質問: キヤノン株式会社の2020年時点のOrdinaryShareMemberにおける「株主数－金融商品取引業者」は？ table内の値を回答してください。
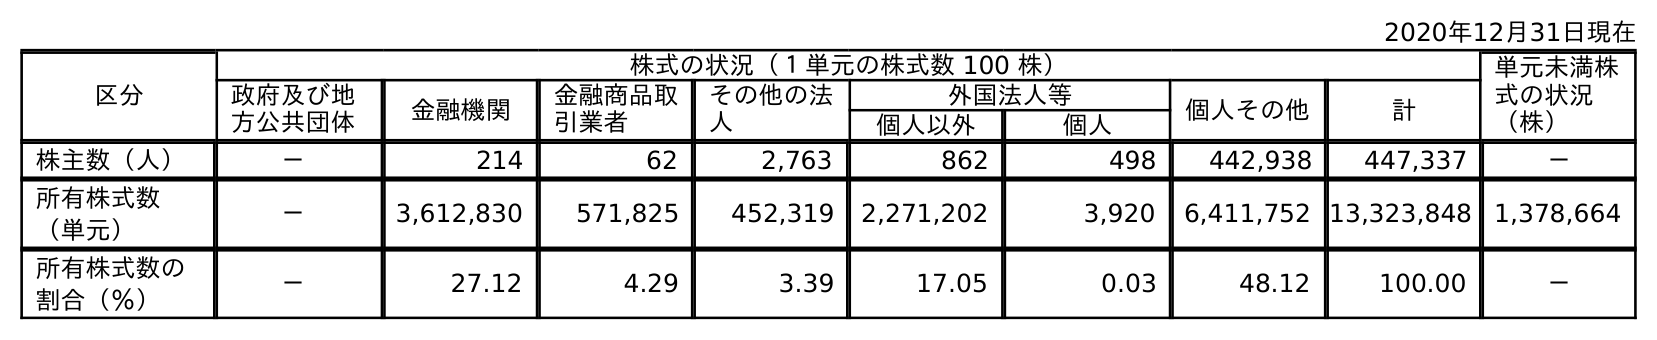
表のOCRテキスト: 2020年12月31日現在 区分 株式の状況（１単元の株式数 100 株） 単元未満株 式の状況 （株） 政府及び地 方公共団体 金融機関 金融商品取 引業者 その他の法 人 外国法人等 個人その他 計 個人以外 個人 株主数（人） － 214 62 2,763 862 498 442,938 447,337 － 所有株式数 （単元） － 3,612,830 571,825 452,319 2,271,202 3,920 6,411,752 13,323,848 1,378,664 所有株式数の 割合（％） － 27.12 4.29 3.39 17.05 0.03 48.12 100.00 －
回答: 62